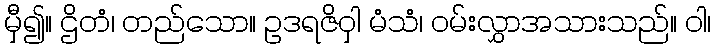
မှီ၍။ ဌိတံ၊ တည်သော။ ဥဒရဇိဝှါ မံသံ၊ ဝမ်းလွှာအသားသည်။ ဝါ၊